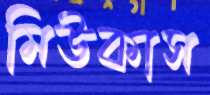
মিউকাস